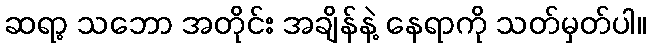
ဆရာ့ သဘော အတိုင်း အချိန်နဲ့ နေရာကို သတ်မှတ်ပါ။